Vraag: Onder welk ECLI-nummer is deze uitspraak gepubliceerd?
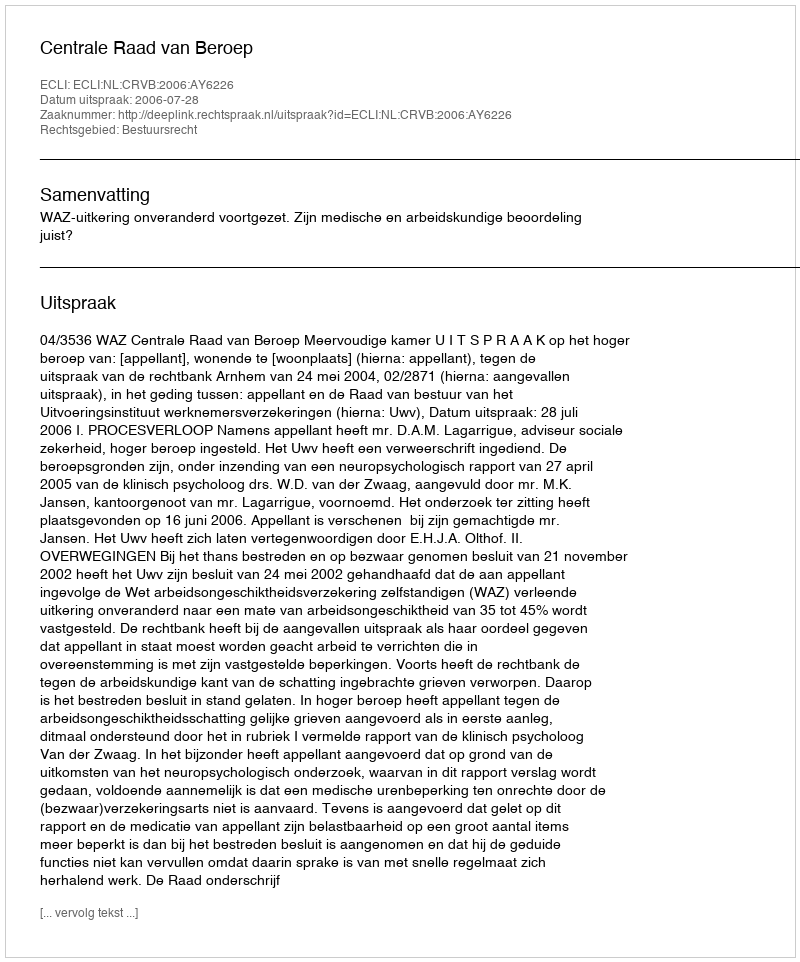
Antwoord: ECLI:NL:CRVB:2006:AY6226